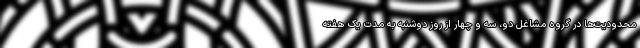
محدودیت‌ها در گروه مشاغل دو، سه و چهار از روز دوشنبه به مدت یک هفته